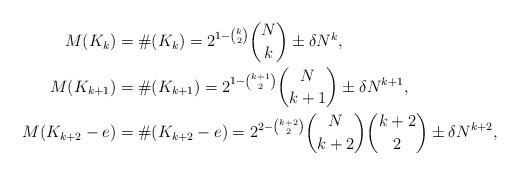
LaTeX: \begin{align*}M(K_k)&=\#(K_k)=2^{1-\binom k2} \binom Nk \pm \delta N^k,\\M(K_{k+1})&=\#(K_{k+1})=2^{1-\binom{k+1}2} \binom N{k+1} \pm \delta N^{k+1},\\M(K_{k+2}-e)&=\#(K_{k+2}-e)=2^{2-\binom{k+2}2}\binom N{k+2} \binom{k+2}2 \pm \delta N^{k+2},\end{align*}